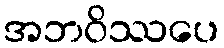
အဘဝိဿပေ